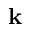
\textbf { k }